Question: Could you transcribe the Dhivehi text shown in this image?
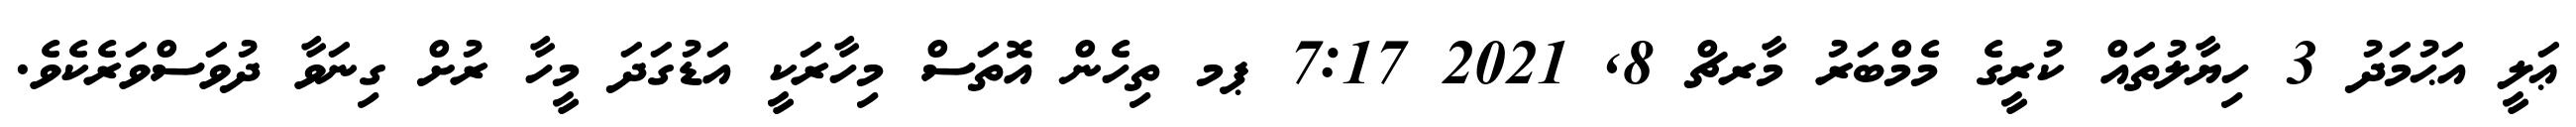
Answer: ޢަލީ އަޙުމަދު 3 ހިޔާލުތައް ކުރީގެ މެމްބަރު މާރޗް 8, 2021 7:17 ޕމ ތިހެން އޮތަސް މިހާރަކީ އަޑުގަދަ މީހާ ރުށް ގިނަވާ ދުވަސްވަރެކެވެ.